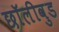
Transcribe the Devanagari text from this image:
छॉलीवुड